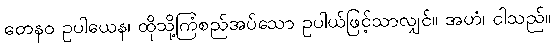
တေနဝ ဥပါယေန၊ ထိုသို့ကြံစည်အပ်သော ဥပါယ်ဖြင့်သာလျှင်။ အဟံ၊ ငါသည်။